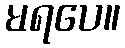
မရပေ။